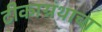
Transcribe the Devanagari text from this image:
टीकाग्रंथाचा